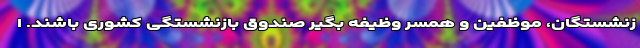
زنشستگان، موظفین و همسر وظیفه بگیر صندوق بازنشستگی کشوری باشند. ا